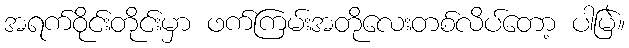
အရက်ဝိုင်းတိုင်းမှာ ဖက်ကြမ်းအတိုလေးတစ်လိပ်တော့ ပါမြဲ။